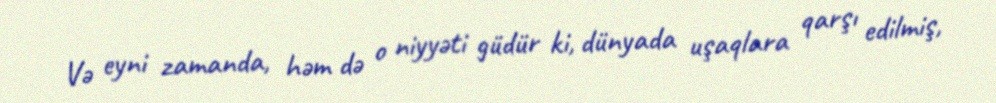
Və eyni zamanda, həm də o niyyəti güdür ki, dünyada uşaqlara qarşı edilmiş,